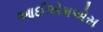
આઈએમએસ